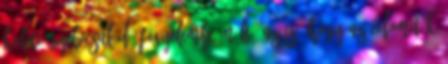
keleti nyelvcsalád. Figyelemre méltó az is, hogy az edomiták